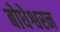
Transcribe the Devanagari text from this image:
बोधेश्वरन